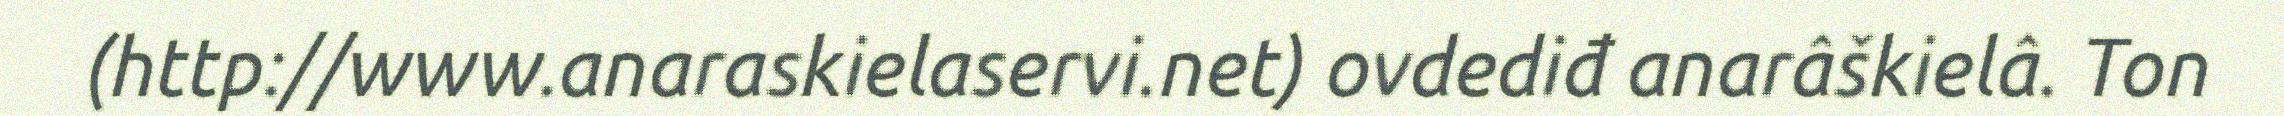
(http://www.anaraskielaservi.net) ovdediđ anarâškielâ. Ton